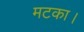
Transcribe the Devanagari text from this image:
मटका।